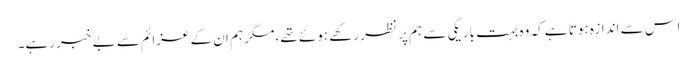
اس سے اندازہ ہوتا ہے کہ وہ بہت باریکی سے ہم پر نظر رکھے ہوئے تھے، مگر ہم ان کے عزائم سے بے خبر رہے۔